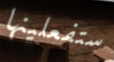
ستفعلينها